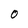
Character: O